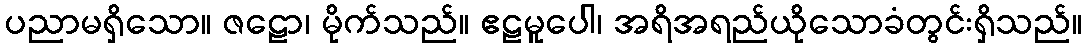
ပညာမရှိသော။ ဇဠော၊ မိုက်သည်။ ဧဠမူပေါ၊ အရိအရည်ယိုသောခံတွင်းရှိသည်။